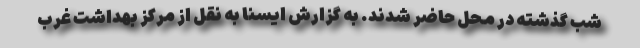
شب گذشته در محل حاضر شدند. به گزارش ایسنا به نقل از مرکز بهداشت غرب